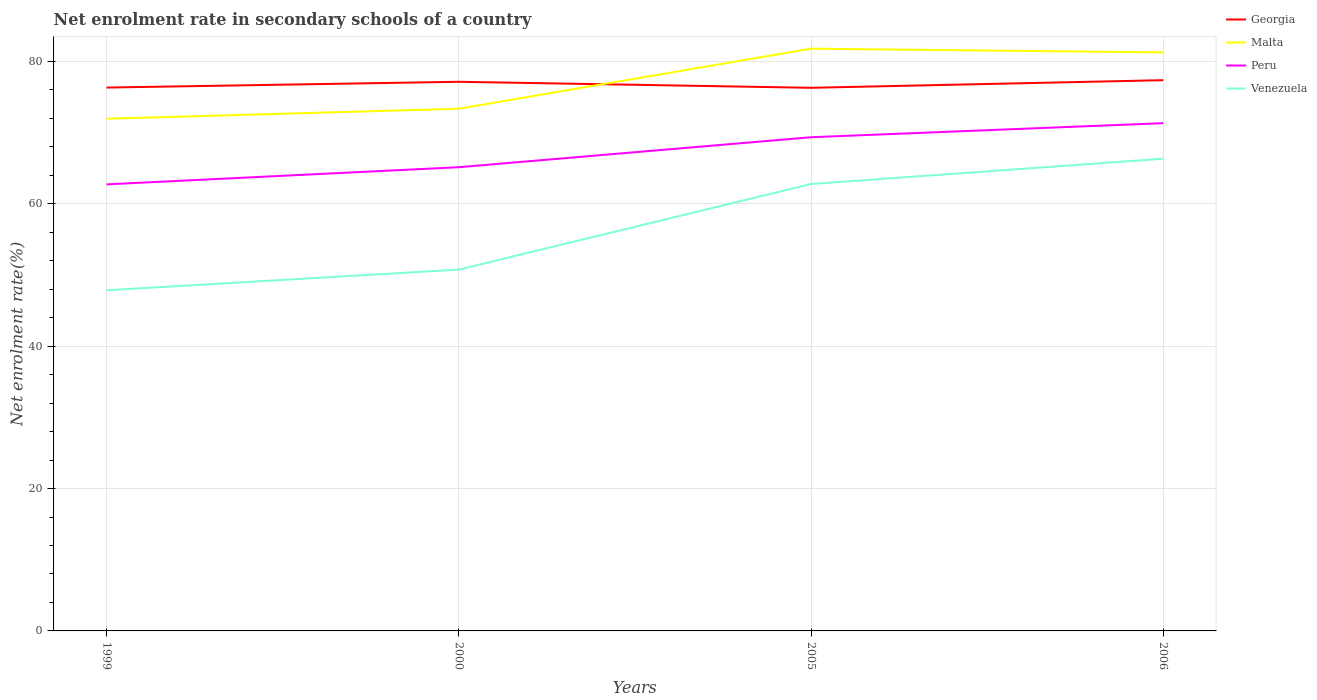
| Years | Georgia | Malta | Peru | Venezuela |
 | --- | --- | --- | --- | --- |
 | 1999 | 76.3 | 71.9 | 62.7 | 47.8 |
 | 2000 | 77.1 | 73.3 | 65.1 | 50.7 |
 | 2005 | 76.3 | 81.8 | 69.3 | 62.8 |
 | 2006 | 77.4 | 81.2 | 71.3 | 66.3 |